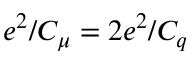
e ^ { 2 } / C _ { \mu } = 2 e ^ { 2 } / C _ { q }